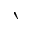
\backprime